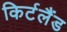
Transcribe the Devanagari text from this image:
किर्टलैंड